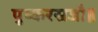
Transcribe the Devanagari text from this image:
पुष्करस्रजौ॥